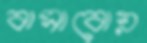
বাসাবোয়